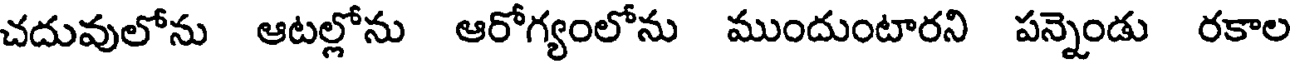
చదువులోను ఆటల్లోను ఆరోగ్యంలోను ముందుంటారని పన్నెండు రకాల